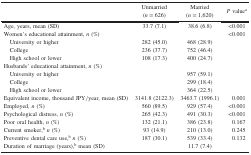
|  | Unmarried(n = 626) | Married(n = 1,620) | P valuea |
 | --- | --- | --- | --- |
 | Age, years, mean (SD) | 33.7 (7.1) | 38.6 (6.8) | <0.001 |
 | Women’s educational attainment, n (%) |  |  | <0.001 |
 | University or higher | 282 (45.0) | 468 (28.9) |  |
 | College | 236 (37.7) | 752 (46.4) |  |
 | High school or lower | 108 (17.3) | 400 (24.7) |  |
 | Husbands’ educational attainment, n (%) |  |  |  |
 | University or higher |  | 957 (59.1) |  |
 | College |  | 299 (18.4) |  |
 | High school or lower |  | 364 (22.5) |  |
 | Equivalent income, thousand JPY/year, mean (SD) | 3141.8 (2122.3) | 3463.7 (1996.1) | 0.001 |
 | Employed, n (%) | 560 (89.5) | 929 (57.4) | <0.001 |
 | Psychological distress, n (%) | 265 (42.3) | 491 (30.3) | <0.001 |
 | Poor oral health, n (%) | 132 (21.1) | 386 (23.8) | 0.167 |
 | Current smoker,bn (%) | 93 (14.9) | 210 (13.0) | 0.245 |
 | Preventive dental care use,bn (%) | 187 (30.1) | 539 (33.4) | 0.132 |
 | Duration of marriage (years),b mean (SD) |  | 11.7 (7.4) |  |